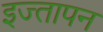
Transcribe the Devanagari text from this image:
इज्तापन